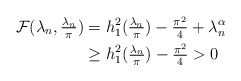
\begin{align*} {\cal F} (\lambda_n, \tfrac{\lambda_n}{\pi}) &= h^2_1 (\tfrac{\lambda_n}{\pi}) - \tfrac{\pi^2}{4} + \lambda^\alpha_n \\ &\geq h^2_1 (\tfrac{\lambda_n}{\pi}) - \tfrac{\pi^2}{4} > 0 \end{align*}